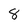
Character: 8